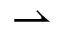
\rightharpoonup